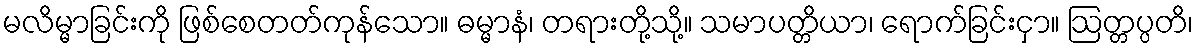
မလိမ္မာခြင်းကို ဖြစ်စေတတ်ကုန်သော။ ဓမ္မာနံ၊ တရားတို့သို့။ သမာပတ္တိယာ၊ ရောက်ခြင်းငှာ။ ဩတ္တပ္ပတိ၊